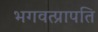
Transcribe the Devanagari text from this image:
भगवत्प्रापति